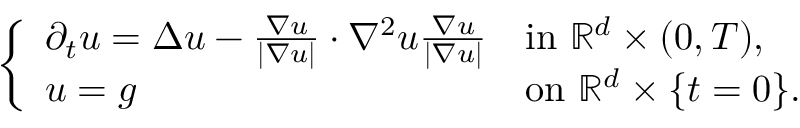
\begin{array} { r } { \left\{ \begin{array} { l l } { \partial _ { t } u = \Delta u - \frac { \nabla u } { | \nabla u | } \cdot \nabla ^ { 2 } u \frac { \nabla u } { | \nabla u | } } & { \mathrm { i n ~ } \mathbb { R } ^ { d } \times ( 0 , T ) , } \\ { u = g } & { \mathrm { o n ~ } \mathbb { R } ^ { d } \times \{ t = 0 \} . } \end{array} \right. } \end{array}